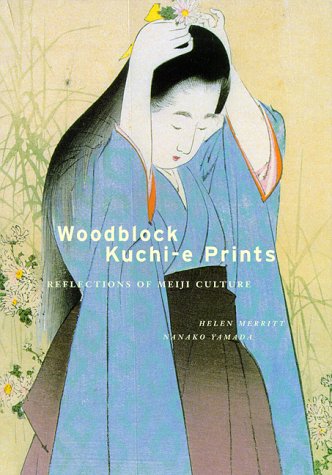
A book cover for Woodblock Kuchi-e Prints: Reflections of Meiji Culture; Helen Merritt; Arts & Photography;